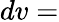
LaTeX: dv=